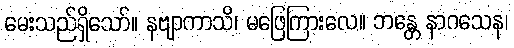
မေးသည်ရှိသော်။ နဗျာကာသိ၊ မဖြေကြားလေ။ ဘန္တေ နာဂသေန၊